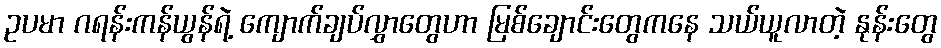
ဥပမာ ဂရန်းကန်ယွန်ရဲ့ ကျောက်ချပ်လွှာတွေဟာ မြစ်ချောင်းတွေကနေ သယ်ယူလာတဲ့ နုန်းတွေ